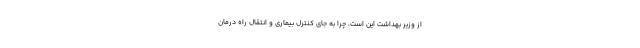
از وزیر بهداشت این است، چرا به جای کنترل بیماری و انتقال راه درمان